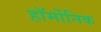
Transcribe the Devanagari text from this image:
हॉर्मोनिक